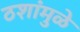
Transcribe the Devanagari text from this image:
ठशांमुळे